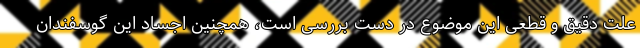
علت دقیق و قطعی این موضوع در دست بررسی است، همچنین اجساد این گوسفندان